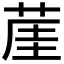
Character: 𦲒